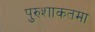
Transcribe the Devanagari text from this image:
पुरुशाकतमा